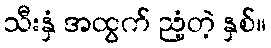
သီးနှံ အထွက် ညံ့တဲ့ နှစ်။